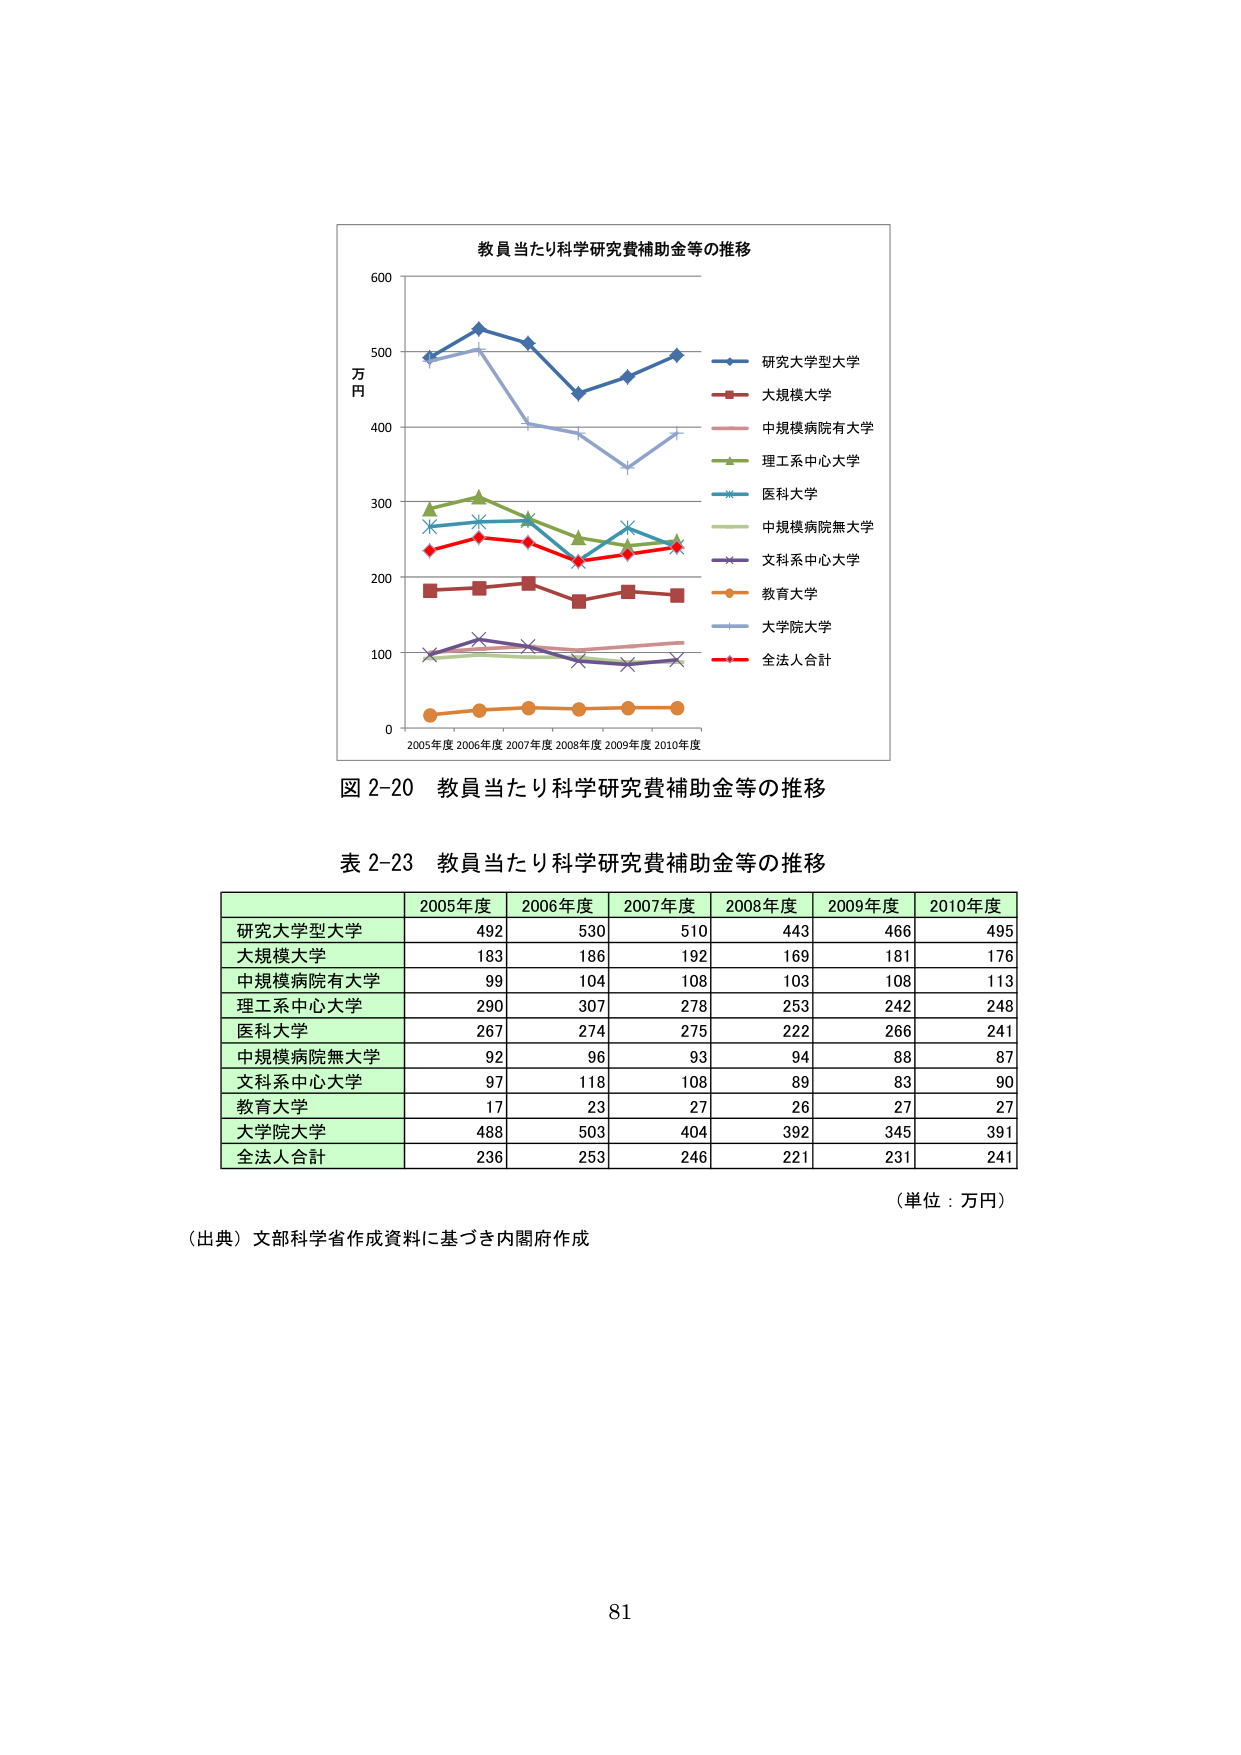
教員当たり科学研究費補助金等の推移
万円
600
500
400
300
200
100
0
2005年度 2006年度 2007年度 2008年度 2009年度 2010年度
研究大学型大学
大規模大学
中規模病院有大学
理工系中心大学
医科大学
中規模病院無大学
文科系中心大学
教育大学
大学院大学
全法人合計
図 2-20 教員当たり科学研究費補助金等の推移
表 2-23 教員当たり科学研究費補助金等の推移
2005年度 2006年度 2007年度 2008年度 2009年度 2010年度
研究大学型大学 492 530 510 443 466 495
大規模大学 183 186 192 169 181 176
中規模病院有大学 99 104 108 103 108 113
理工系中心大学 290 307 278 253 242 248
医科大学 267 274 275 222 266 241
中規模病院無大学 92 96 93 94 88 87
文科系中心大学 97 118 108 89 83 90
教育大学 17 23 27 26 27 27
大学院大学 488 503 404 392 345 391
全法人合計 236 253 246 221 231 241
（単位：万円）
（出典）文部科学省作成資料に基づき内閣府作成
81